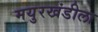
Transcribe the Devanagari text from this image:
मयुरखंडीला